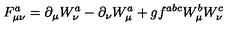
F _ { \mu \nu } ^ { a } = \partial _ { \mu } W _ { \nu } ^ { a } - \partial _ { \nu } W _ { \mu } ^ { a } + g f ^ { a b c } W _ { \mu } ^ { b } W _ { \nu } ^ { c }